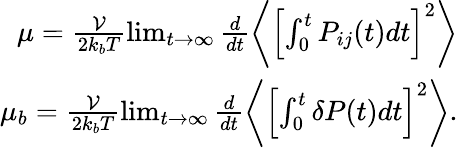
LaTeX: \begin{array}{r}{\mu=\frac{\mathcal{V}}{2k_{b}T}\operatorname*{lim}_{t\to\infty}\frac{d}{dt}\left\langle\left[\int_{0}^{t}P_{ij}(t)dt\right]^{2}\right\rangle}\\ {\mu_{b}=\frac{\mathcal{V}}{2k_{b}T}\operatorname*{lim}_{t\to\infty}\frac{d}{dt}\left\langle\left[\int_{0}^{t}\delta P(t)dt\right]^{2}\right\rangle.}\end{array}